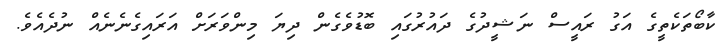
ކާބޯތަކެތީގެ އަގު ރައީސް ނަޝީދުގެ ދައުރުގައި ބޮޑުވެގެން ދިޔަ މިންވަރަށް އަރައިގެނެނެއް ނުދެއެވެ.